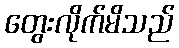
တွေးလိုက်မိသည်